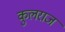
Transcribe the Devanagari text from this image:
कुलराज